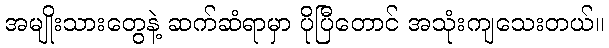
အမျိုးသားတွေနဲ့ ဆက်ဆံရာမှာ ပိုပြီတောင် အသုံးကျသေးတယ်။